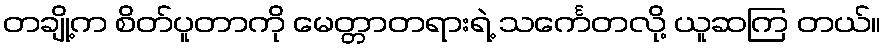
တချို့က စိတ်ပူတာကို မေတ္တာတရားရဲ့ သင်္ကေတလို့ ယူဆကြ တယ်။